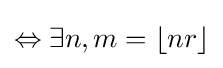
\Leftrightarrow \exists n,m=\lfloor nr\rfloor